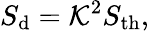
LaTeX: S_{\mathrm{d}}=\mathcal{K}^{2}S_{\mathrm{th}},